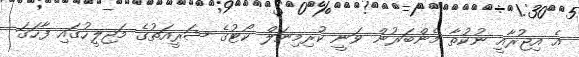
އެ އިޖުރާއީ ނުކުތާ މެންބަރުން ވަނީ ކުރިމިނަލް ކޯޓުގެ ޝަރީއަތުގެ މަޖިލީހުގައި ފާހަގަ